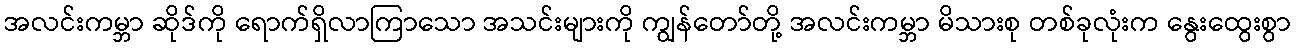
အလင်းကမ္ဘာ ဆိုဒ်ကို ရောက်ရှိလာကြာသော အသင်းများကို ကျွန်တော်တို့ အလင်းကမ္ဘာ မိသားစု တစ်ခုလုံးက နွေးထွေးစွာ